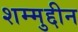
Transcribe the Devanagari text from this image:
शम्मुद्दीन